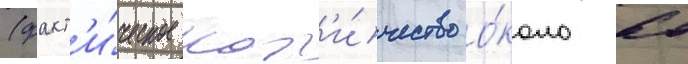
(факт'и́ческое кол'и́чество о́коло 60